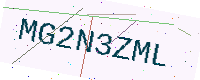
Text: MG2N3ZML